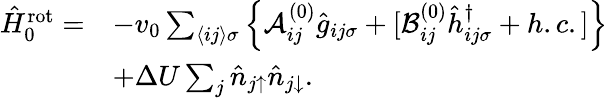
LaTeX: \begin{array}{rl}{\hat{H}_{0}^{\mathrm{rot}}=}&{-v_{0}\sum_{\langle ij\rangle\sigma}\left\{ \mathcal{A}_{ij}^{(0)}\hat{g}_{ij\sigma}+[\mathcal{B}_{ij}^{(0)}\hat{h}_{ij\sigma}^{\dagger}+h.c.]\right\} }\\ &{+\Delta U\sum_{j}\hat{n}_{j\uparrow}\hat{n}_{j\downarrow}.}\end{array}